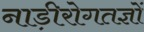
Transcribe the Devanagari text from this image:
नाड़ीरोगतज्ञों